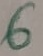
Text: 6